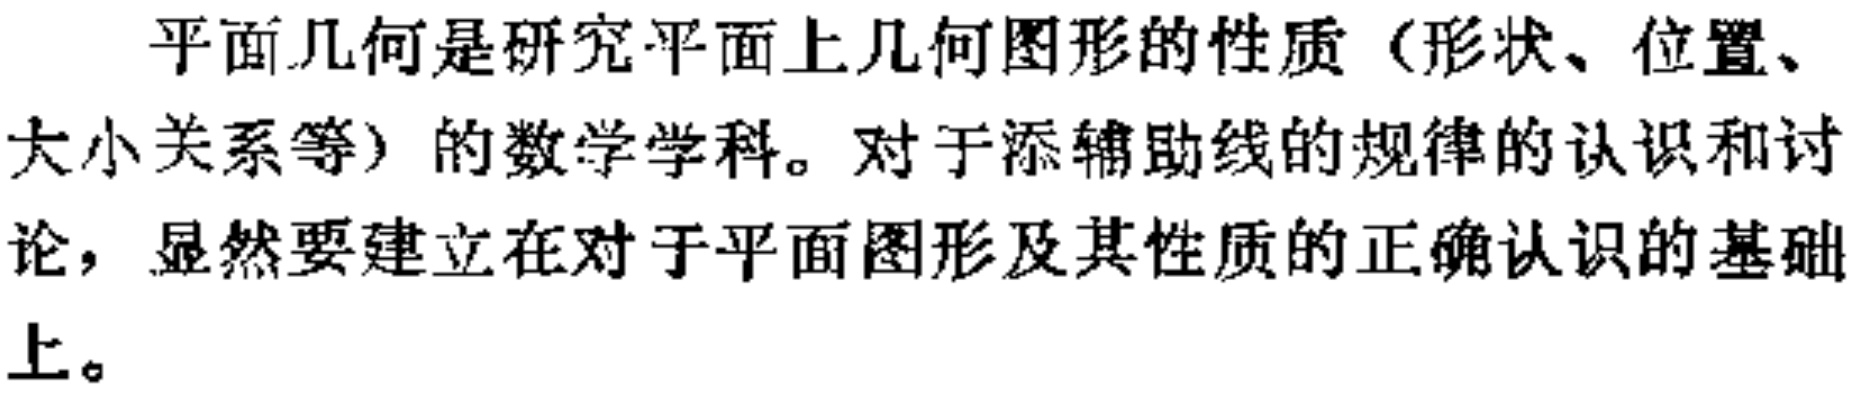
平面几何是研究平面上几何图形的性质（形状、位置、大小关系等）的数学学科。对于添辅助线的规律的认识和讨论，显然要建立在对于平面图形及其性质的正确认识的基础上。